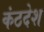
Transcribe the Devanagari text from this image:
कंठदेश